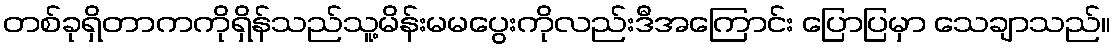
တစ်ခုရှိတာကကိုရှိန်သည်သူ့မိန်းမမပွေးကိုလည်းဒီအကြောင်း ပြောပြမှာ သေချာသည်။